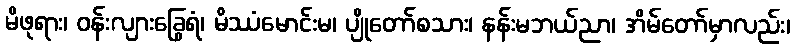
မိဖုရား၊ ဝန်းလျားခြွေရံ၊ မိဿံမောင်းမ၊ ပျိုတော်စသား၊ နန်းမဘယ်ညာ၊ အိမ်တော်မှာလည်း၊